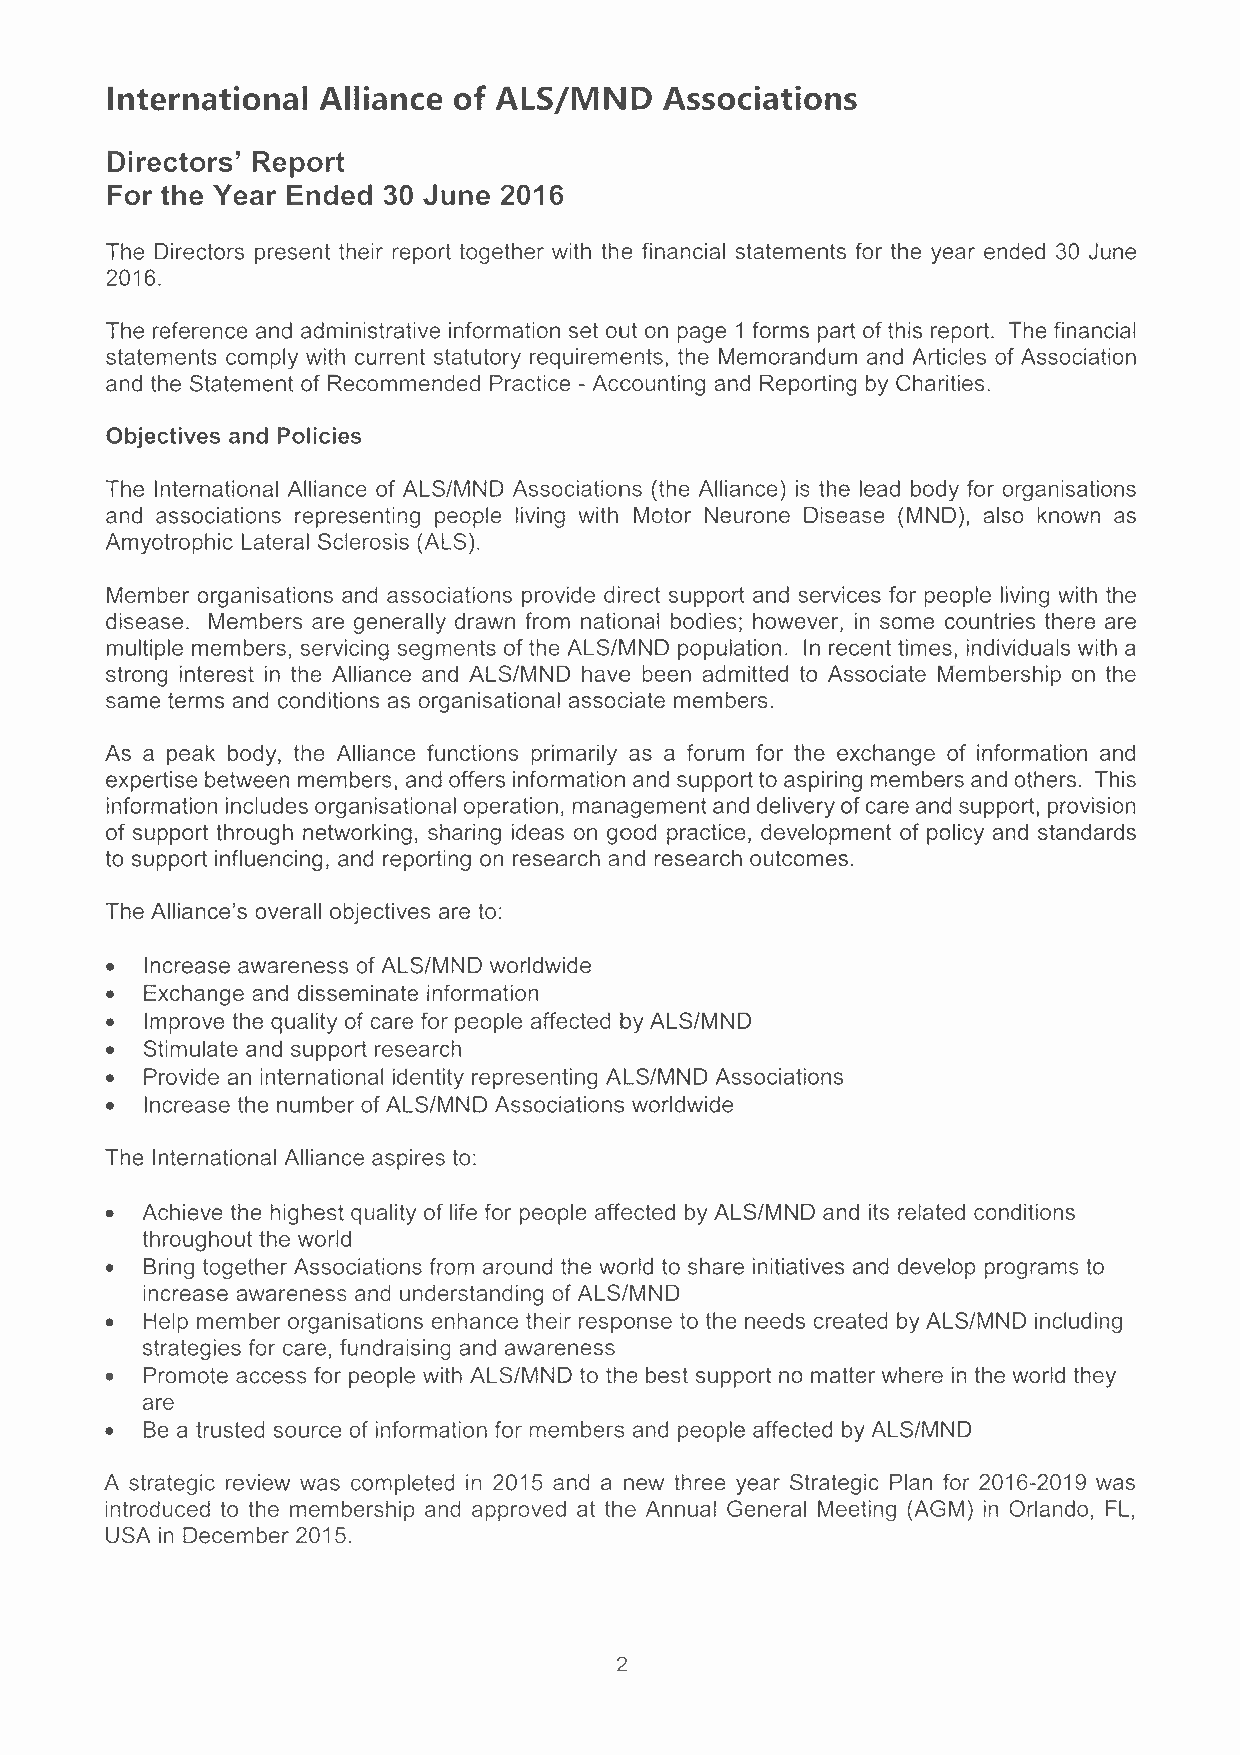
International Alliance of ALS/MND    Associations
 Directors' Report
 For the Year Ended 30 June 2016
 The Directors present their report together with the financial statements for the year ended 30 June
 2016.
 The reference and administrative information set out on page 1 forms part of this report. The financial
 statements comply with current statutory requirements, the Memorandum and Articles of Association
 and the Statement of Recommended Practice - Accounting and Reporting by Charities.
 Objectives and Policies
 The International Alliance of ALS/MND Associations (the Alliance) is the lead body for organisations
 and associations representing people living with Motor Neurone Disease (MND), also known as
 Amyotrophic Lateral Sclerosis (ALS).
 Member organisations and associations provide direct support and services for people living with the
 disease. Members are generally drawn from national bodies; however, in some countries there are
 multiple members, servicing segments of the ALS/MND population. In recent times, individuals with a
 strong interest in the Alliance and ALS/MND have been admitted to Associate Membership on the
 same terms and conditions as organisational associate members.
 As a peak body, the Alliance functions primarily as a forum for the exchange of information and
 expertise between members, and offers information and support to aspiring members and others. This
 information includes organisational operation, management and delivery of care and support, provision
 of support through networking, sharing ideas on good practice, development of policy and standards
 to support influencing, and reporting on research and research outcomes.
 The Alliance's overall objectives are to:
 •  Increase awareness of ALS/MND worldwide
 •  Exchange and disseminate information
 •  Improve the quality of care for people affected by ALS/MND
 •  Stimulate and support research
 •  Provide an international identity representing ALS/MND Associations
 •  Increase the number of ALS/MND Associations worldwide
 The International Alliance aspires to:
 • Achieve the highest quality of life for people affected by ALS/MND and its related conditions
 throughout the world
 •  Bring together Associations from around the world to share initiatives and develop programs to
 increase awareness and understanding of ALS/MND
 •  Help member organisations enhance their response to the needs created by ALS/MND including
 strategies for care, fundraising and awareness
 •  Promote access for people with ALS/MND to the best support no matter where in the world they
 are
 •  Be a trusted source of information for members and people affected by ALS/MND
 A strategic review was completed in 2015 and a new three year Strategic Plan for 2016-2019 was
 introduced to the membership and approved at the Annual General Meeting (AGM) in Orlando, FL,
 USA in December 2015.
 2